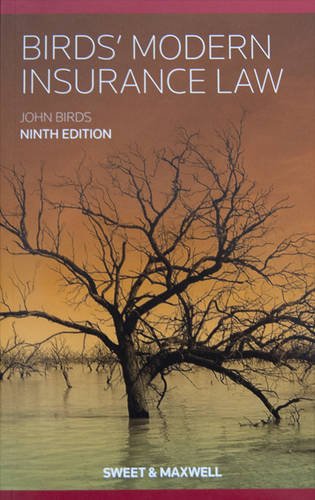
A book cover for Birds' Modern Insurance Law; Professor John Birds; Law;